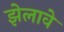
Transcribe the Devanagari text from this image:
झेलावे